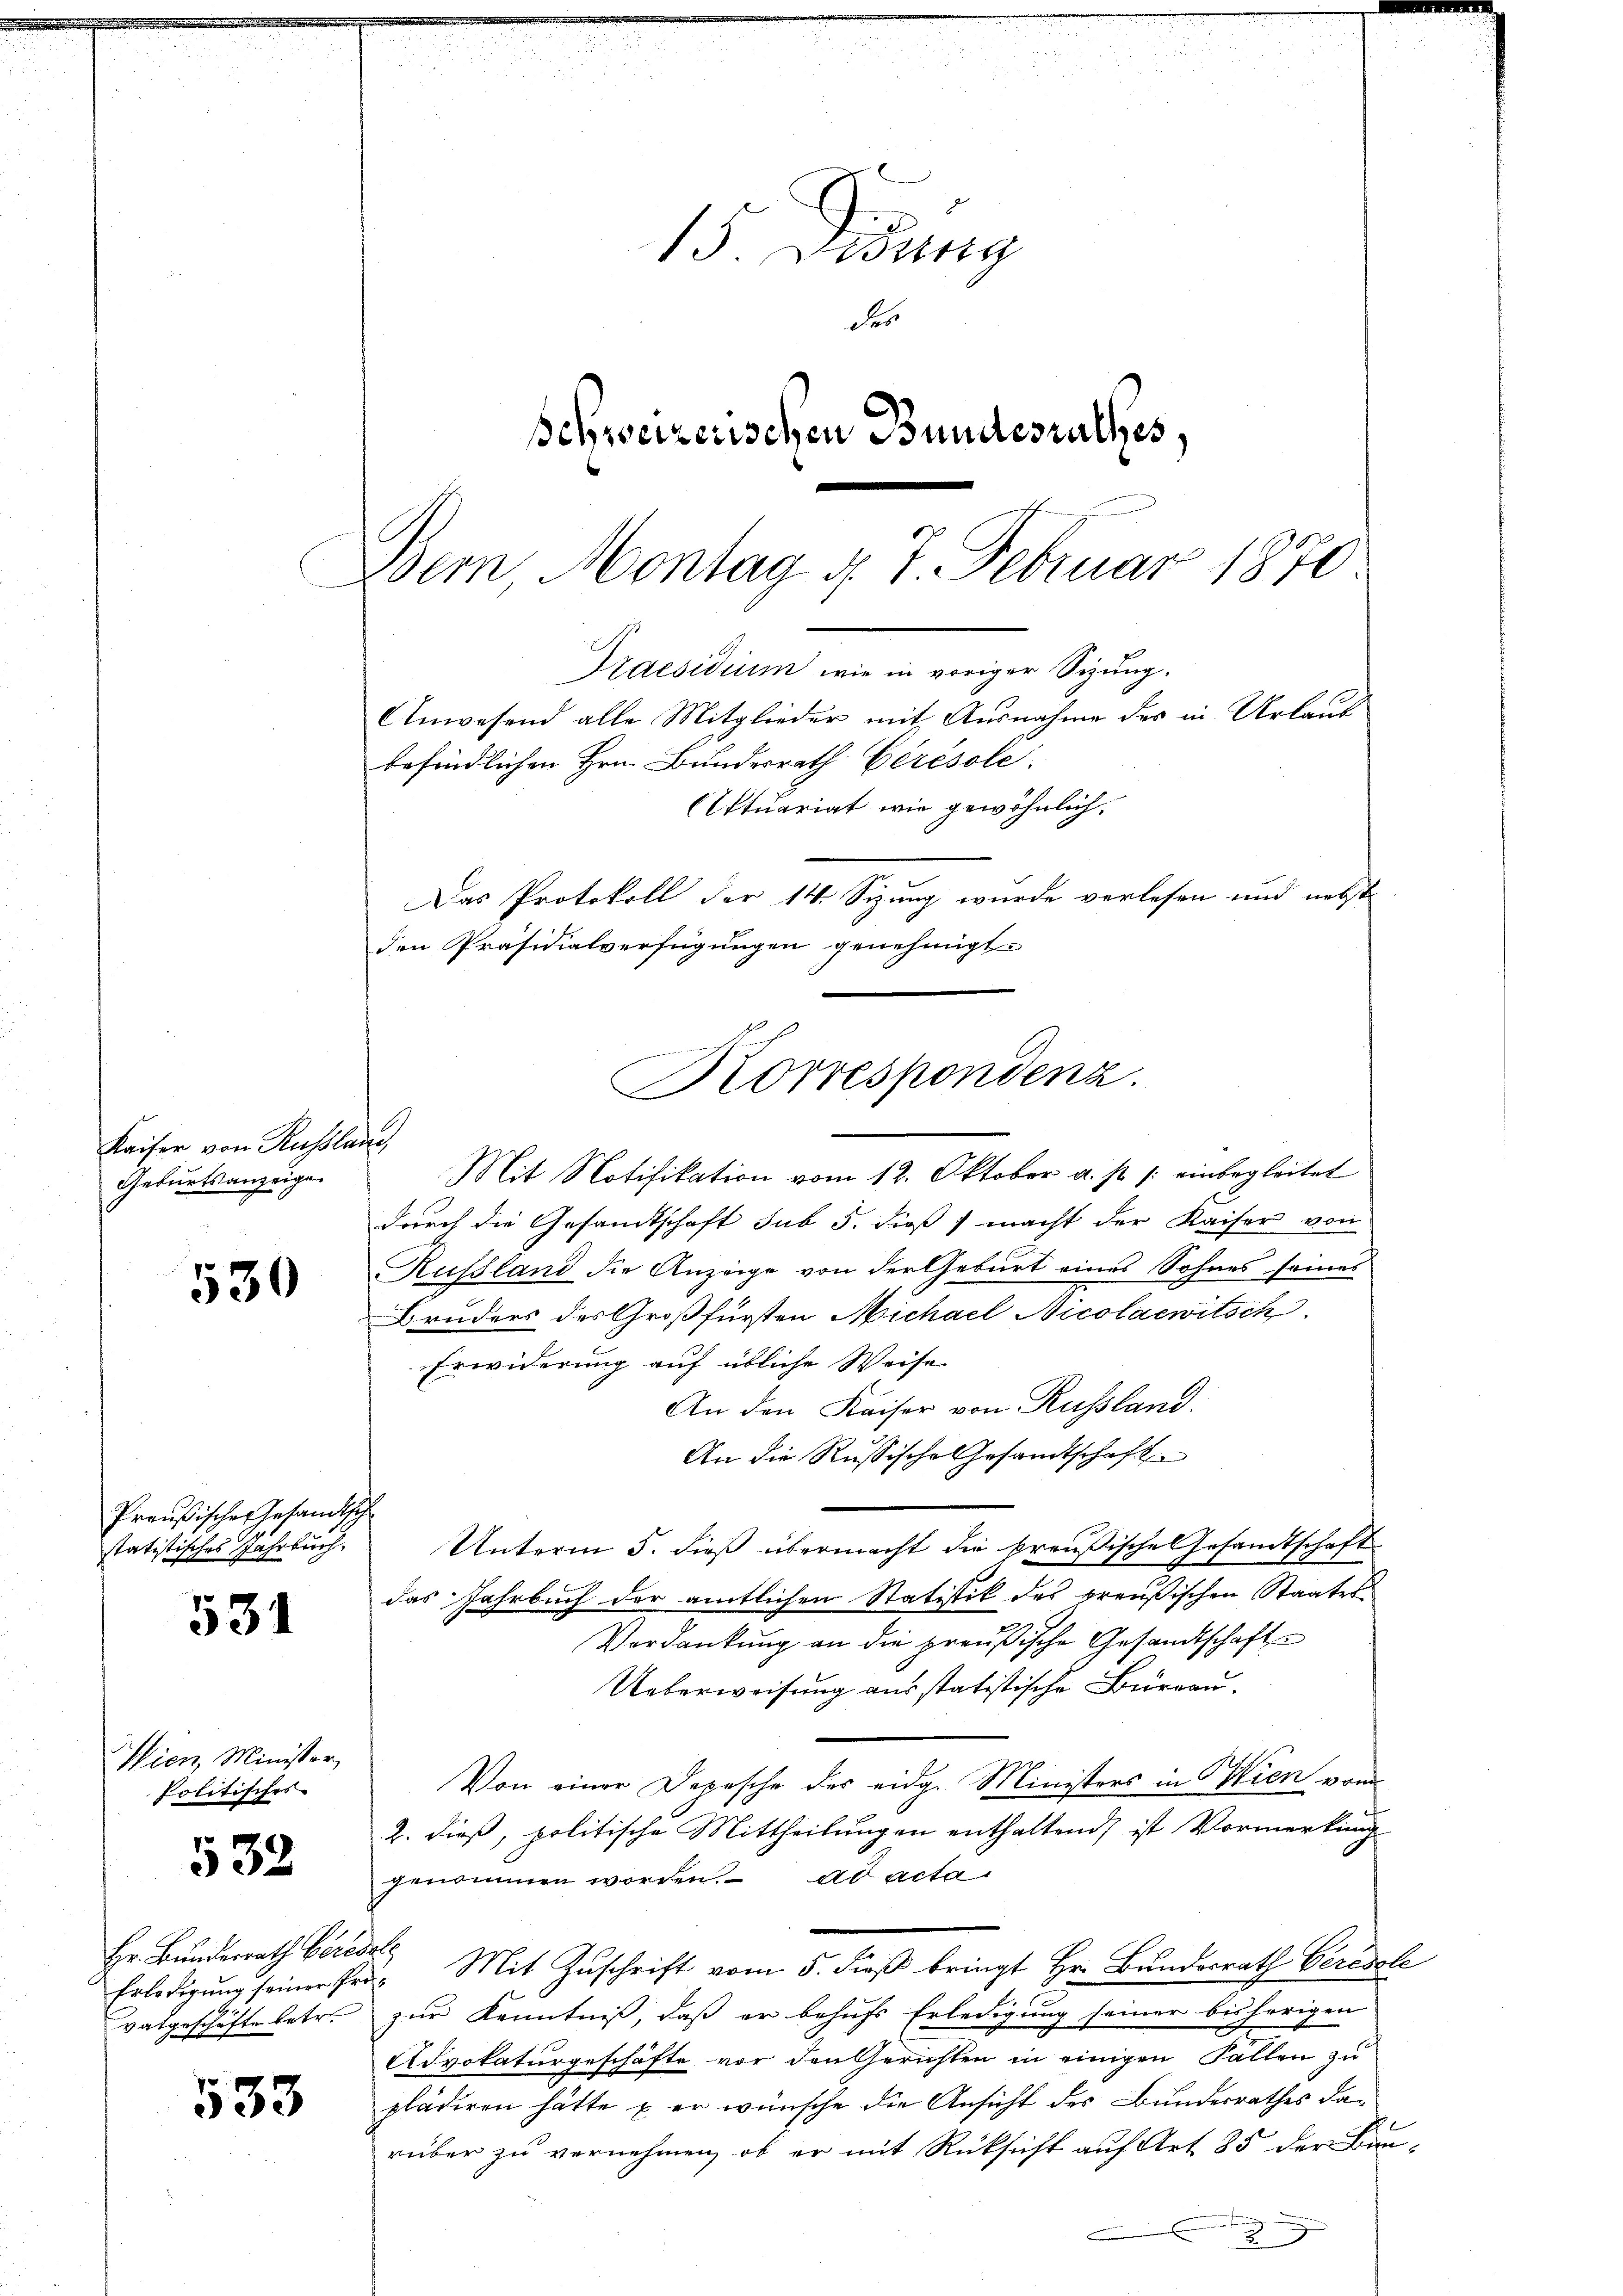
Kaiser von Russlan
Geburtsanzeige

530

Preußische Gesandtsch
statistisches Jahrbuch.

531

Wien, Minister,
Politisches

532

533

Hr. Bundesrath beredete
vatgeschäfte betr.

15. Diezing
des
Schweizerischen Bundesrathes
Bern Montag d. 7. Februar 1870

Praesidium wie in voriger Sizung.
Anwesend alle Mitglieder mit Ausnahme des in Urlaub
befindlichen Hrn. Bundesrath Cérésolé.
Ettuariat wie gewöhnlich
Das Protokoll der 14. Sizung wurde verlesen und nebst
den Präsidialverfügungen genehmigt.
Korrespondenz.

u
Mit Notifikation vom 12. Oktober a. p. /: einbegleitet
durch die Gesandtschaft sub 5. dieß) macht der Kaiser von
Russland die Anzeige von der Geburt eines Sohnes seines
Bruders des Großfürsten Michael Nicolaewitsch
Erwiderung auf übliche Weise
An den Kaiser von Russland.
An die Russische Gesandtschaft
.
Unterm 5. dieß übermacht die preußische Gesandtschaft
das Jahrbuch der amtlichen Statistik des preußischen Staates
Verdankung an die preußische Gesandtschafte
Ueberweisung ausstatistische Büreau.
Von einer Depesche des eidg. Ministers in Wien vom
2. dieß, politische Mittheilungen enthaltend, ist Vormerkung
genommen worden. ad acta
Erledigŭng seiner Prä- Mit Zŭschrift vom 5. dieβ bringt Hr. Bundesrath Beredole
zur Kenntniß, daß er behufs Erledigung seiner bisherigen
Advokaturgeschäfte vor den Gerichten in einigen Fallen zu
plädiren hätte u. er wünsche die Ansicht des Bundesrathes darüber zu vernehmen, ob er mit Rücksicht auf Art. 85 der Bun¬
9